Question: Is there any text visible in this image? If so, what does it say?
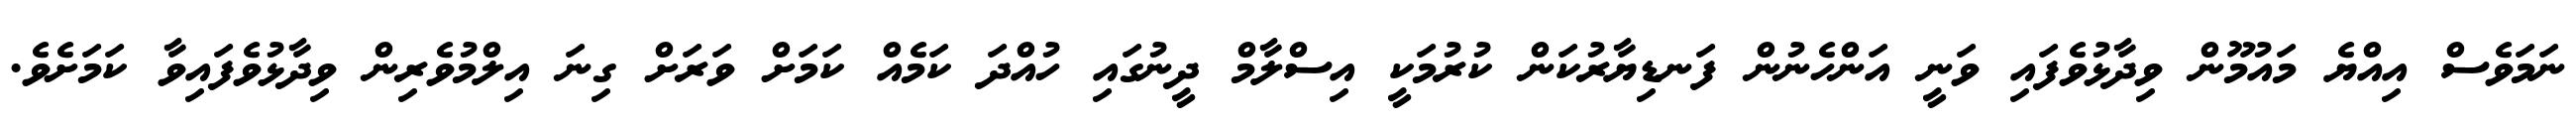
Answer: ނަމަވެސް އިއްޔެ މައުމޫން ވިދާޅުވެފައި ވަނީ އަންހެނުން ފަނޑިޔާރުކަން ކުރުމަކީ އިސްލާމް ދީނުގައި ހުއްދަ ކަމެއް ކަމަށް ވަރަށް ގިނަ އިލްމުވެރިން ވިދާޅުވެފައިވާ ކަމަށެވެ.